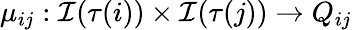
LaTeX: \mu_{ij}:\mathcal{I}(\tau(i))\times\mathcal{I}(\tau(j))\rightarrow Q_{ij}